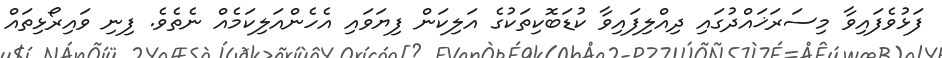
ފަޅުވެފައިވާ މިސަރަޚައްދުގައި ދިއްލިފައިވާ ކުޑަބޮކިތަކުގެ އަލިކަން ފިޔަވައި އެހެންއަލިކަމެއް ނެތެވެ. ފިނި ވައިރޯޅިތައް